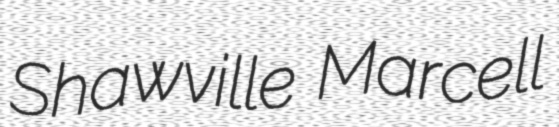
Shawville Marcell